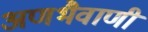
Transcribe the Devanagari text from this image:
अणभैवाणी